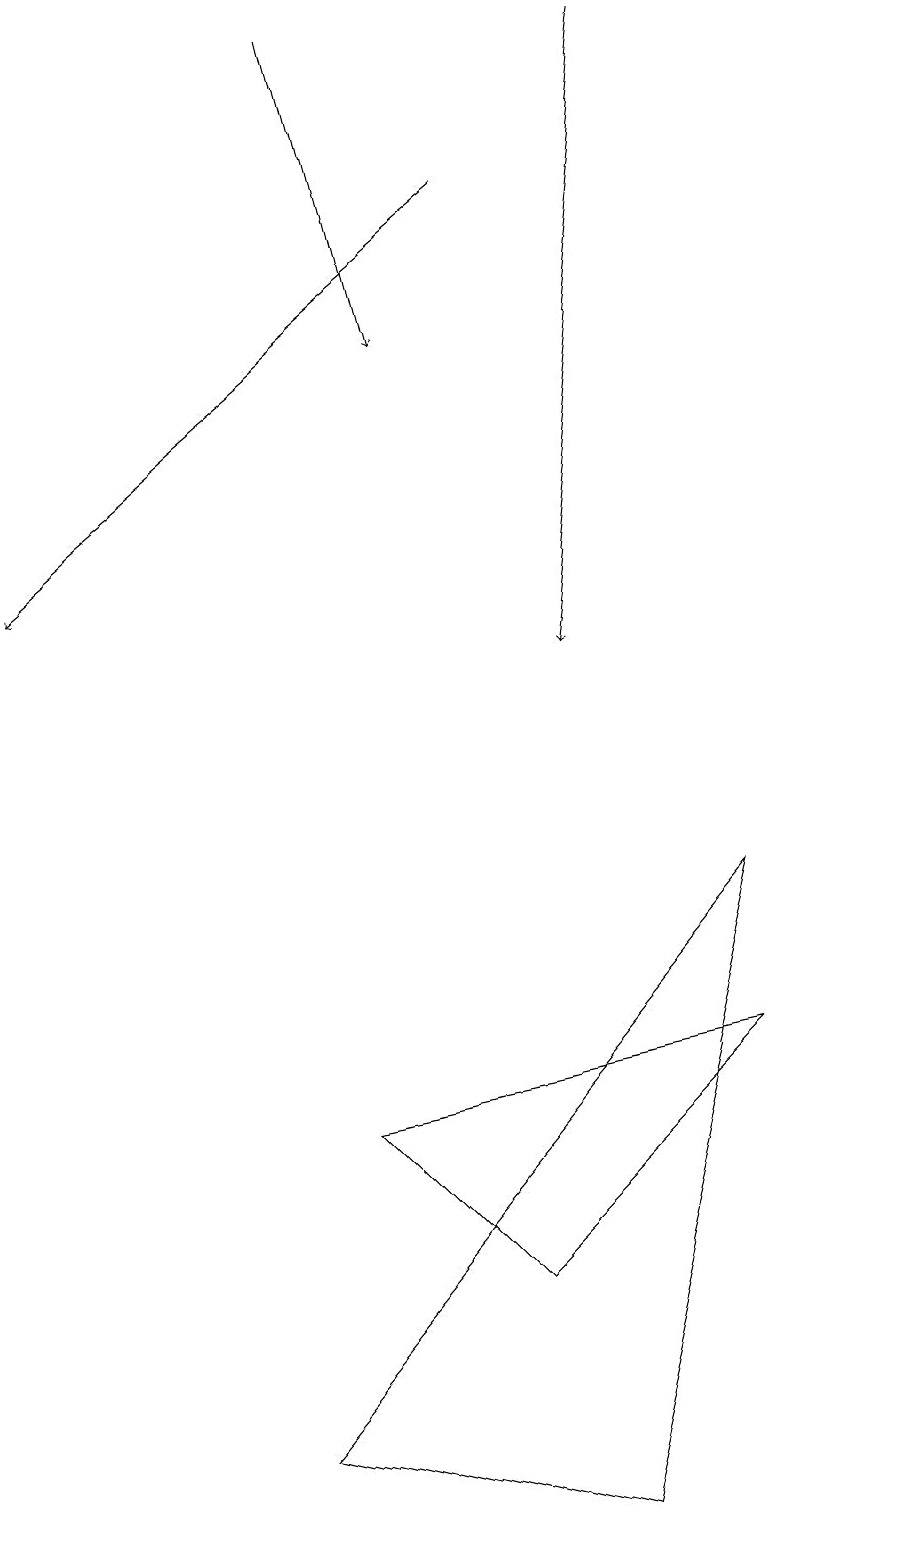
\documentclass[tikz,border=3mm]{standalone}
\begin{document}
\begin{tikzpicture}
\draw[->] (8,19) -- (7,11);
\draw (11,12) circle (0);
\draw[->] (4,19) -- (5,15);
\draw[->] (6,17) -- (0,12);
\draw (4,5) -- (9,6) -- (6,3) -- cycle;
\draw (3,1) -- (9,8) -- (7,0) -- cycle;
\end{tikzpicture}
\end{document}